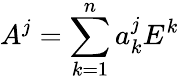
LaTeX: A^{j}=\sum_{k=1}^{n}a_{k}^{j}E^{k}